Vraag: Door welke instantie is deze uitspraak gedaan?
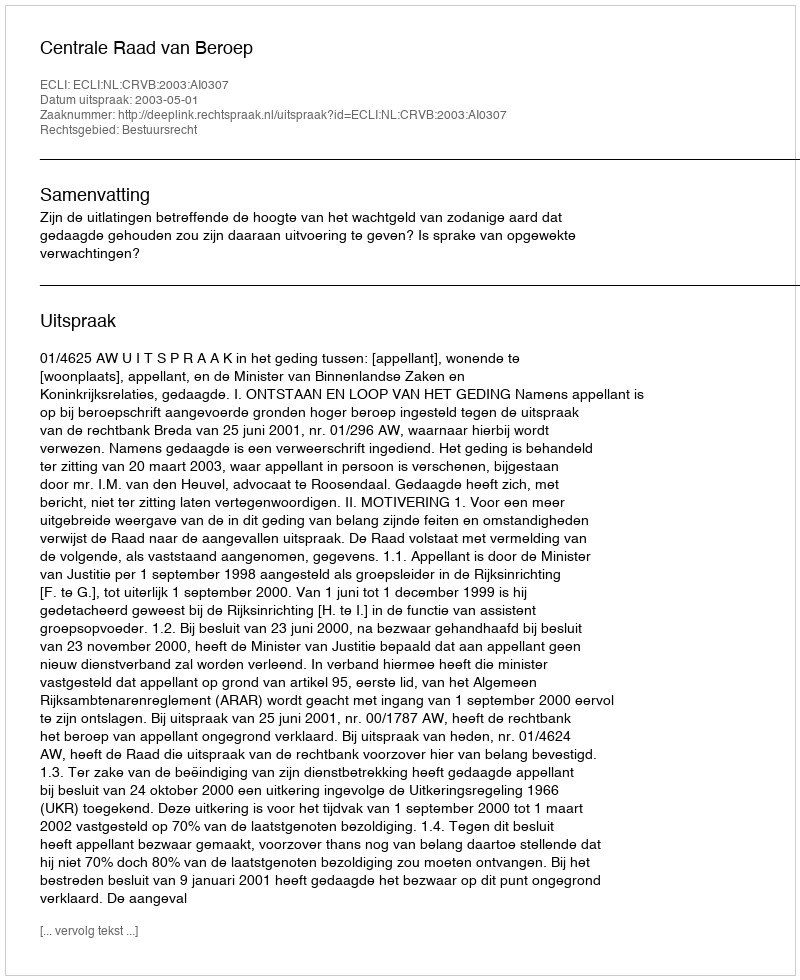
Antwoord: Centrale Raad van Beroep